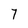
Character: 7